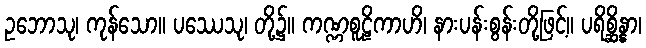
ဥဘောသု၊ ကုန်သော။ ပဿေသု၊ တို့၌။ ကဏ္ဏစူဠိကာဟိ၊ နားပန်းစွန်းတို့ဖြင့်။ ပရိစ္ဆိန္နာ၊